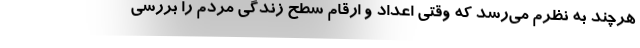
هرچند به نظرم می‌رسد که وقتی اعداد و ارقام سطح زندگی مردم را بررسی